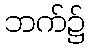
ဘက်၌